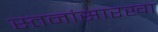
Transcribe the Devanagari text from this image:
स्तनांसारखा